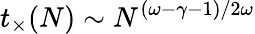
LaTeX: t_{\times}(N)\sim N^{(\omega-\gamma-1)/2\omega}